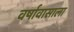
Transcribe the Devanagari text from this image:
वर्षावासाला